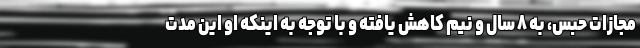
مجازات حبس، به ۸ سال و نیم کاهش یافته و با توجه به اینکه او این مدت